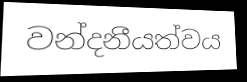
වන්දනීයත්වය